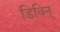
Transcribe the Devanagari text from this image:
डिविन्